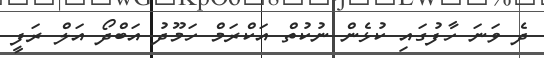
ދެ ވަނަ ހާފުގައި ކުޅެން ނުކުތް އަކްރަމް ހަމޫދު އަބްދޯ އަލް ރަފީ